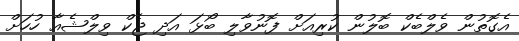
އެގޮތުން ވެލްބެކް ބޮލުން ކުރިއަށް ފޮނުވާލި ބޯޅަ އަދި ޖެކް ވިލްޝެއާ ހުހަށް